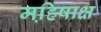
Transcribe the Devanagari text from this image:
महि़षाक्ष